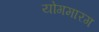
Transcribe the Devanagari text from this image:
योगमारग